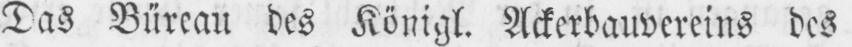
Das Büreau des Königl. Ackerbauvereins des